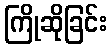
ကြိုဆိုခြင်း